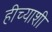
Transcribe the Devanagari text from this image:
हीच्याशी